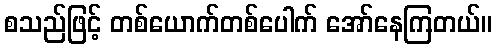
စသည်ဖြင့် တစ်ယောက်တစ်ပေါက် အော်နေကြတယ်။